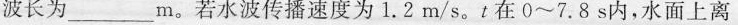
波长为___m。若水波传播速度为1.2m/s。t在0~7.8s内，水面上离